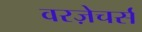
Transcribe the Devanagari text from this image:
वरज़ेचर्स